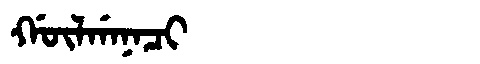
Manchu: ᡤᡡᠯᡤᠠᠨᠠᠴᡳ
Romanization: GŪLGANACI